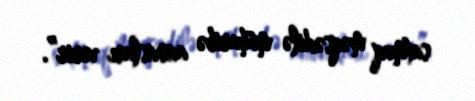
satmaq məqsədilə müharibə anonsları verir”.